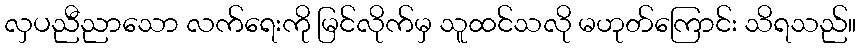
လှပညီညာသော လက်ရေးကို မြင်လိုက်မှ သူထင်သလို မဟုတ်ကြောင်း သိရသည်။